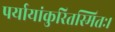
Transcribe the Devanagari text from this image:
पर्यायांकुरितस्मितः।